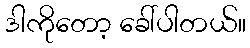
ဒါကိုတော့ ခေါ်ပါတယ်။